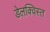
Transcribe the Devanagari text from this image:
डेलक्विस्त